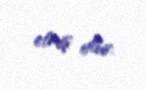
etmiş olur.